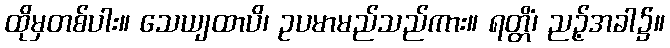
ထိုမှတစ်ပါး။ သေယျထာပိ၊ ဥပမာမည်သည်ကား။ ရတ္တိံ၊ ညဉ့်အခါ၌။